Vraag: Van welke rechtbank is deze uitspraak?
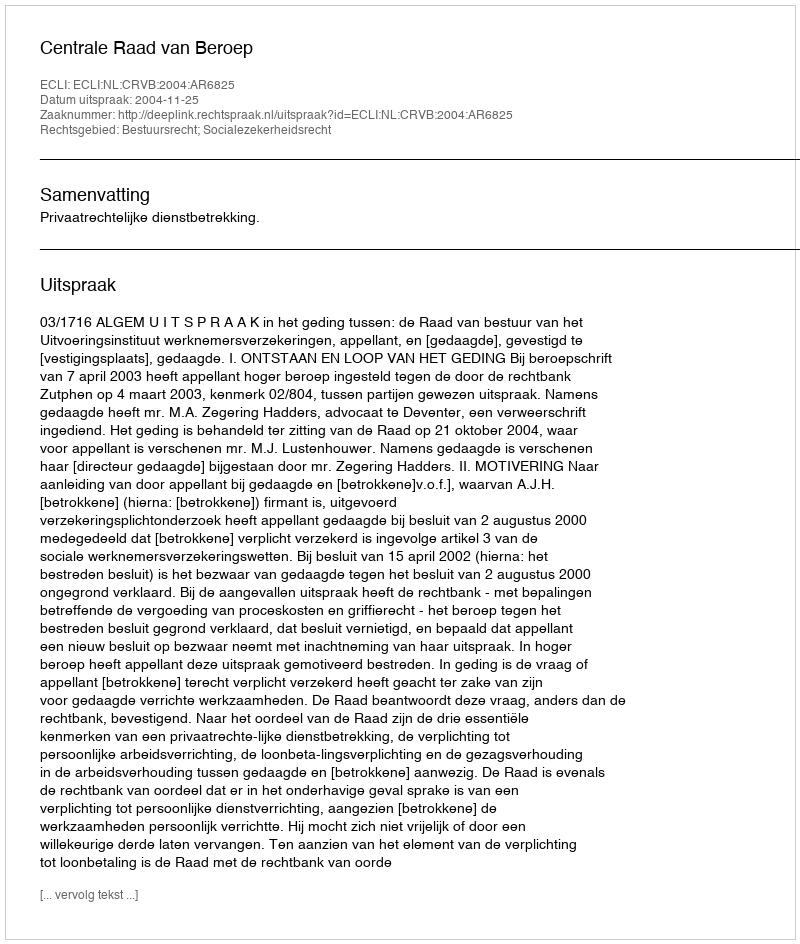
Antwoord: Centrale Raad van Beroep